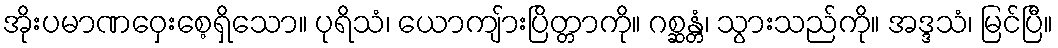
အိုးပမာဏဝှေးစေ့ရှိသော။ ပုရိသံ၊ ယောကျ်ားပြိတ္တာကို။ ဂစ္ဆန္တံ၊ သွားသည်ကို။ အဒ္ဒသံ၊ မြင်ပြီ။